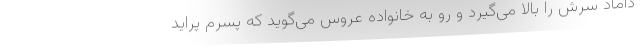
داماد سرش را بالا می‌گیرد و رو به خانواده عروس می‌گوید که پسرم پراید